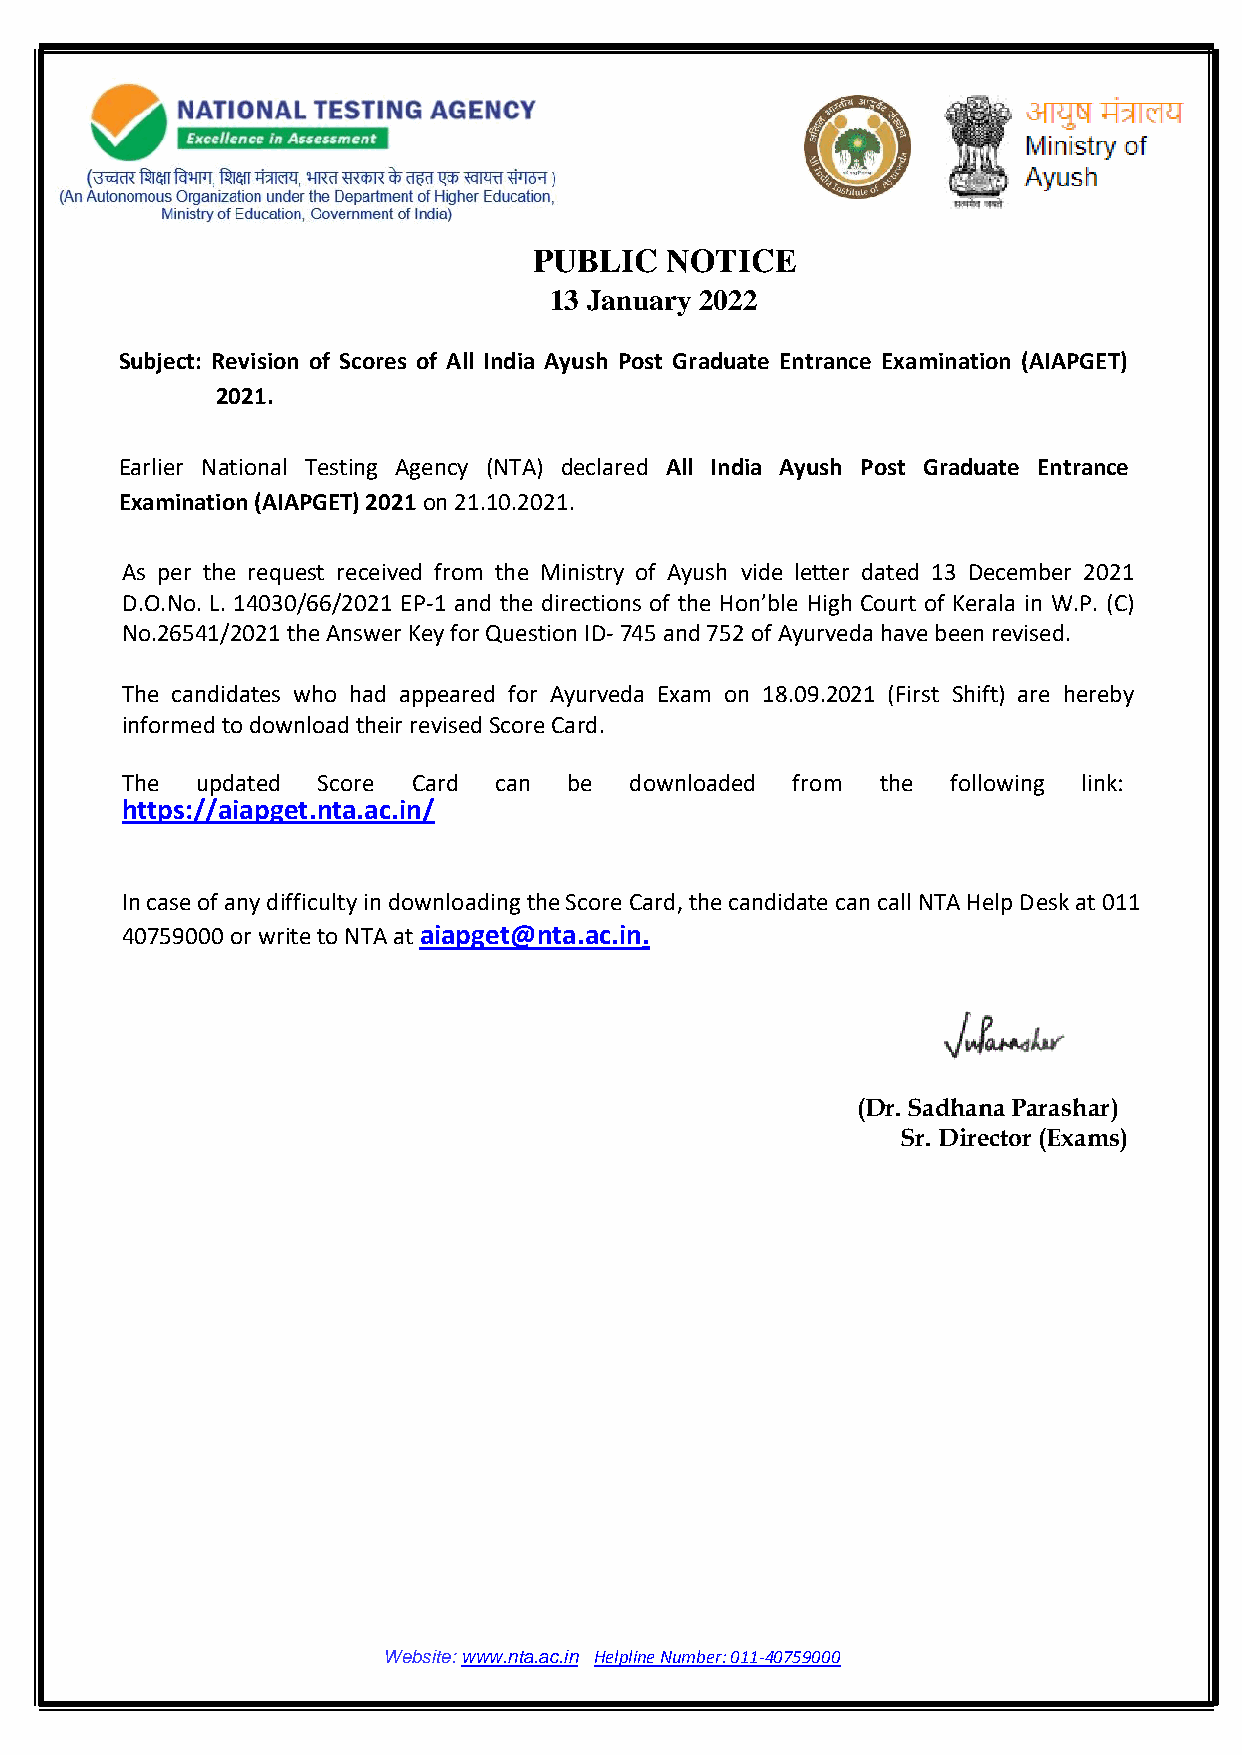
PUBLIC   NOTICE
 13 January 2022
 Subject: Revision of Scores of All India Ayush Post Graduate Entrance Examination (AIAPGET)
 2021.
 Earlier National Testing Agency (NTA) declared All India Ayush Post Graduate Entrance
 Examination (AIAPGET) 2021 on 21.10.2021.
 As per the request received from the Ministry of Ayush vide letter dated 13 December 2021
 D.O.No. L. 14030/66/2021 EP-1 and the directions of the Hon’ble High Court of Kerala in W.P. (C)
 No.26541/2021 the Answer Key for Question ID- 745 and 752 of Ayurveda have been revised.
 The candidates who had appeared for Ayurveda Exam on 18.09.2021 (First Shift) are hereby
 informed to download their revised Score Card.
 The  updated Score Card  can  be  downloaded from the  following link:
 https://aiapget.nta.ac.in/
 In case of any difficulty in downloading the Score Card, the candidate can call NTA Help Desk at 011
 40759000 or write to NTA at aiapget@nta.ac.in.
 (Dr. Sadhana Parashar)
 Sr. Director (Exams)
 Website: www.nta.ac.in Helpline Number: 011-40759000